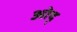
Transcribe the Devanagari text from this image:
ओद्